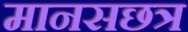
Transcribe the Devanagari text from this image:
मानसछत्र